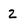
Character: 2